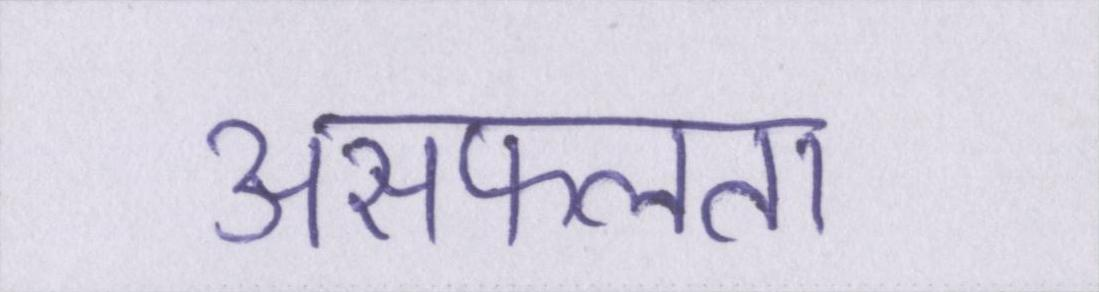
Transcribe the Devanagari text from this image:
असफलता